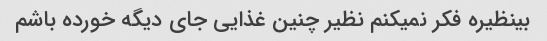
بینظیره فکر نمیکنم نظیر چنین غذایی جای دیگه خورده باشم